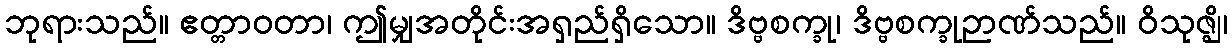
ဘုရားသည်။ ဧတ္တာဝတာ၊ ဤမျှအတိုင်းအရှည်ရှိသော။ ဒိဗ္ဗစက္ခု၊ ဒိဗ္ဗစက္ခုဉာဏ်သည်။ ဝိသုဇ္ဈိ၊